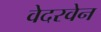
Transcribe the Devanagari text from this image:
वेदरवेन